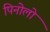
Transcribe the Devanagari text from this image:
पिनोलो